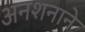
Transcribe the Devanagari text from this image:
अनशनाने